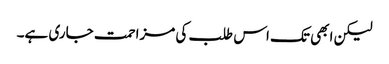
لیکن ابھی تک اس طلب کی مزاحمت جاری ہے۔